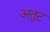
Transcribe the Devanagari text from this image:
अतुट